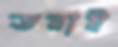
ডরাই